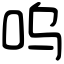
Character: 呜